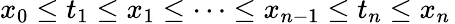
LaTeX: x_{0}\leq t_{1}\leq x_{1}\leq\cdots\leq x_{n-1}\leq t_{n}\leq x_{n}\,